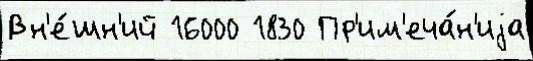
Вн'е́шн'ий 16000 1830 Пр'им'еча́н'иjа